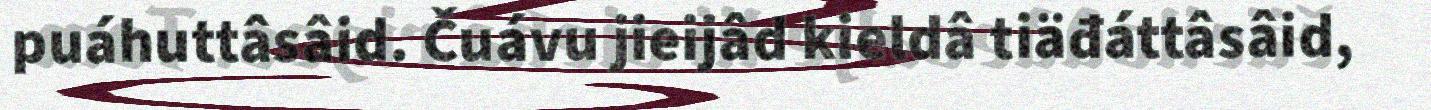
puáhuttâsâid. Čuávu jieijâd kieldâ tiäđáttâsâid,